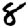
Digit: 8